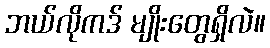
ဘယ်လိုကဒ် မျိုးတွေရှိလဲ။